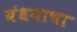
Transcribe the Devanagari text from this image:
बंधनाचा